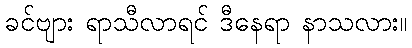
ခင်ဗျား ရာသီလာရင် ဒီနေရာ နာသလား။